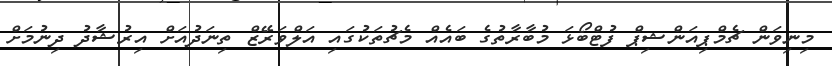
މިނިވަން ޗެމްޕިއަންޝިޕް ފުޓްބޯޅަ މުބާރާތުގެ ބައެއް މެޗުތަކުގައި އަލްވަރޭޒް ތިނަދުއަށް އިރުޝާދު ދިނުމަށް